Annual report of the Punjab Veterinary College and of the Civil Veterinary Department, Punjab - 1920-1925
Year: 1920
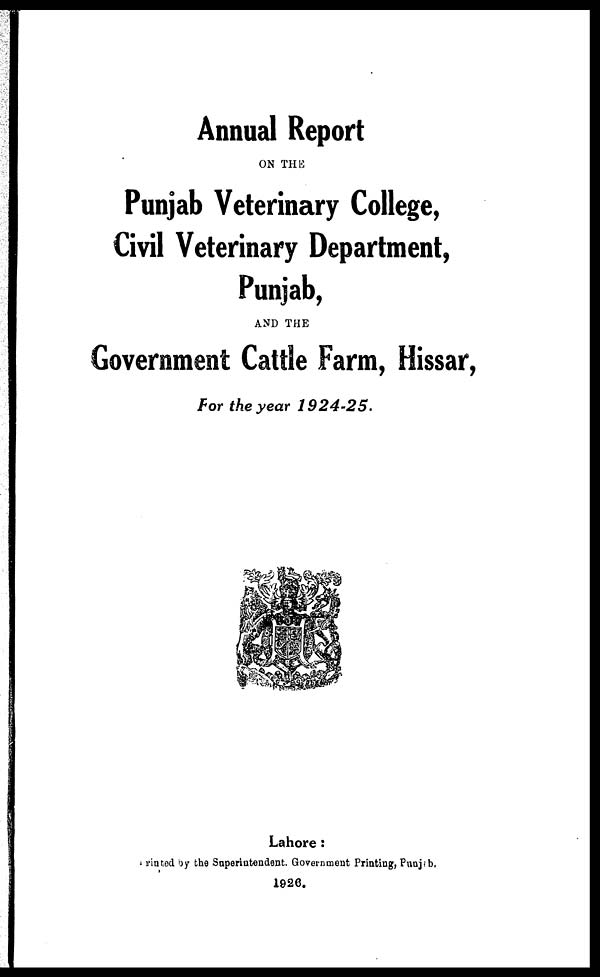
Annual Report
ON THE
Punjab Veterinary College,
Civil Veterinary Department,
Punjab,
AND THE
Government Catt!e Farm, Hissar,
For the year
1924-25.
Lahore:
Printed by the Superintendent. Government Printing, Punjab.
1926.